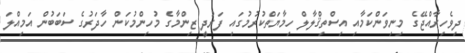
ދިވެހިރާއްޖޭގެ މިނިވަންކަމާއި އިސްތިޤްލާލް ހިމާޔަތްކުރުމުގައި ފަރުދީ ޒިންމާގެ މުހިންމުކަން ހާދަރުގެ ސަބަބުން އަމިއްލަ